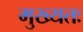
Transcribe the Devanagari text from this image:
मुख्यतः